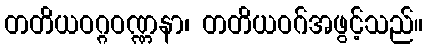
တတိယဝဂ္ဂဝဏ္ဏနာ၊ တတိယဝဂ်အဖွင့်သည်။